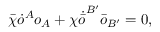
\bar { \chi } \dot { o } ^ { A } o _ { A } + \chi \dot { \bar { o } } ^ { B ^ { \prime } } \bar { o } _ { B ^ { \prime } } = 0 ,